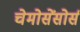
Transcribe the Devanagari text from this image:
चेमोसेंसोर्स